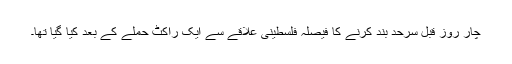
چار روز قبل سرحد بند کرنے کا فیصلہ فلسطینی علاقے سے ایک راکٹ حملے کے بعد کیا گیا تھا۔